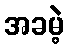
အခမဲ့